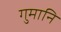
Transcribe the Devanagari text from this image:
गुमानि